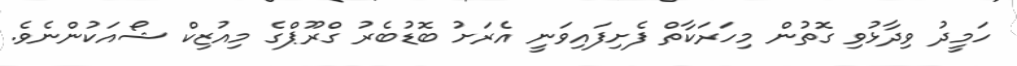
ހަމީދު ވިދާޅުވި ގޮތުން މިހަރަކާތް ފެށިފައިވަނީ އެރަށު ބޮޑުބެރު ގްރޫޕްގެ މިއުޒިކް ޝޯއަކުންނެވެ.